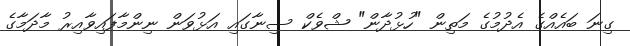
ގިނަ ބައެއްގެ އެދުމުގެ މަތިން "ހުޅުދާން" ޝްވެކް ސިނާގައި އަޅުވަން ނިންމާފައިވާއިރު މާދަމާގެ